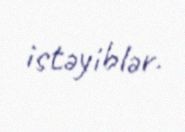
istəyiblər.